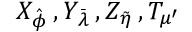
X _ { \hat { \phi } } \, , Y _ { \bar { \lambda } } \, , Z _ { \tilde { \eta } } \, , T _ { \mu ^ { \prime } }